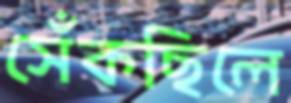
সেঁকছিলে